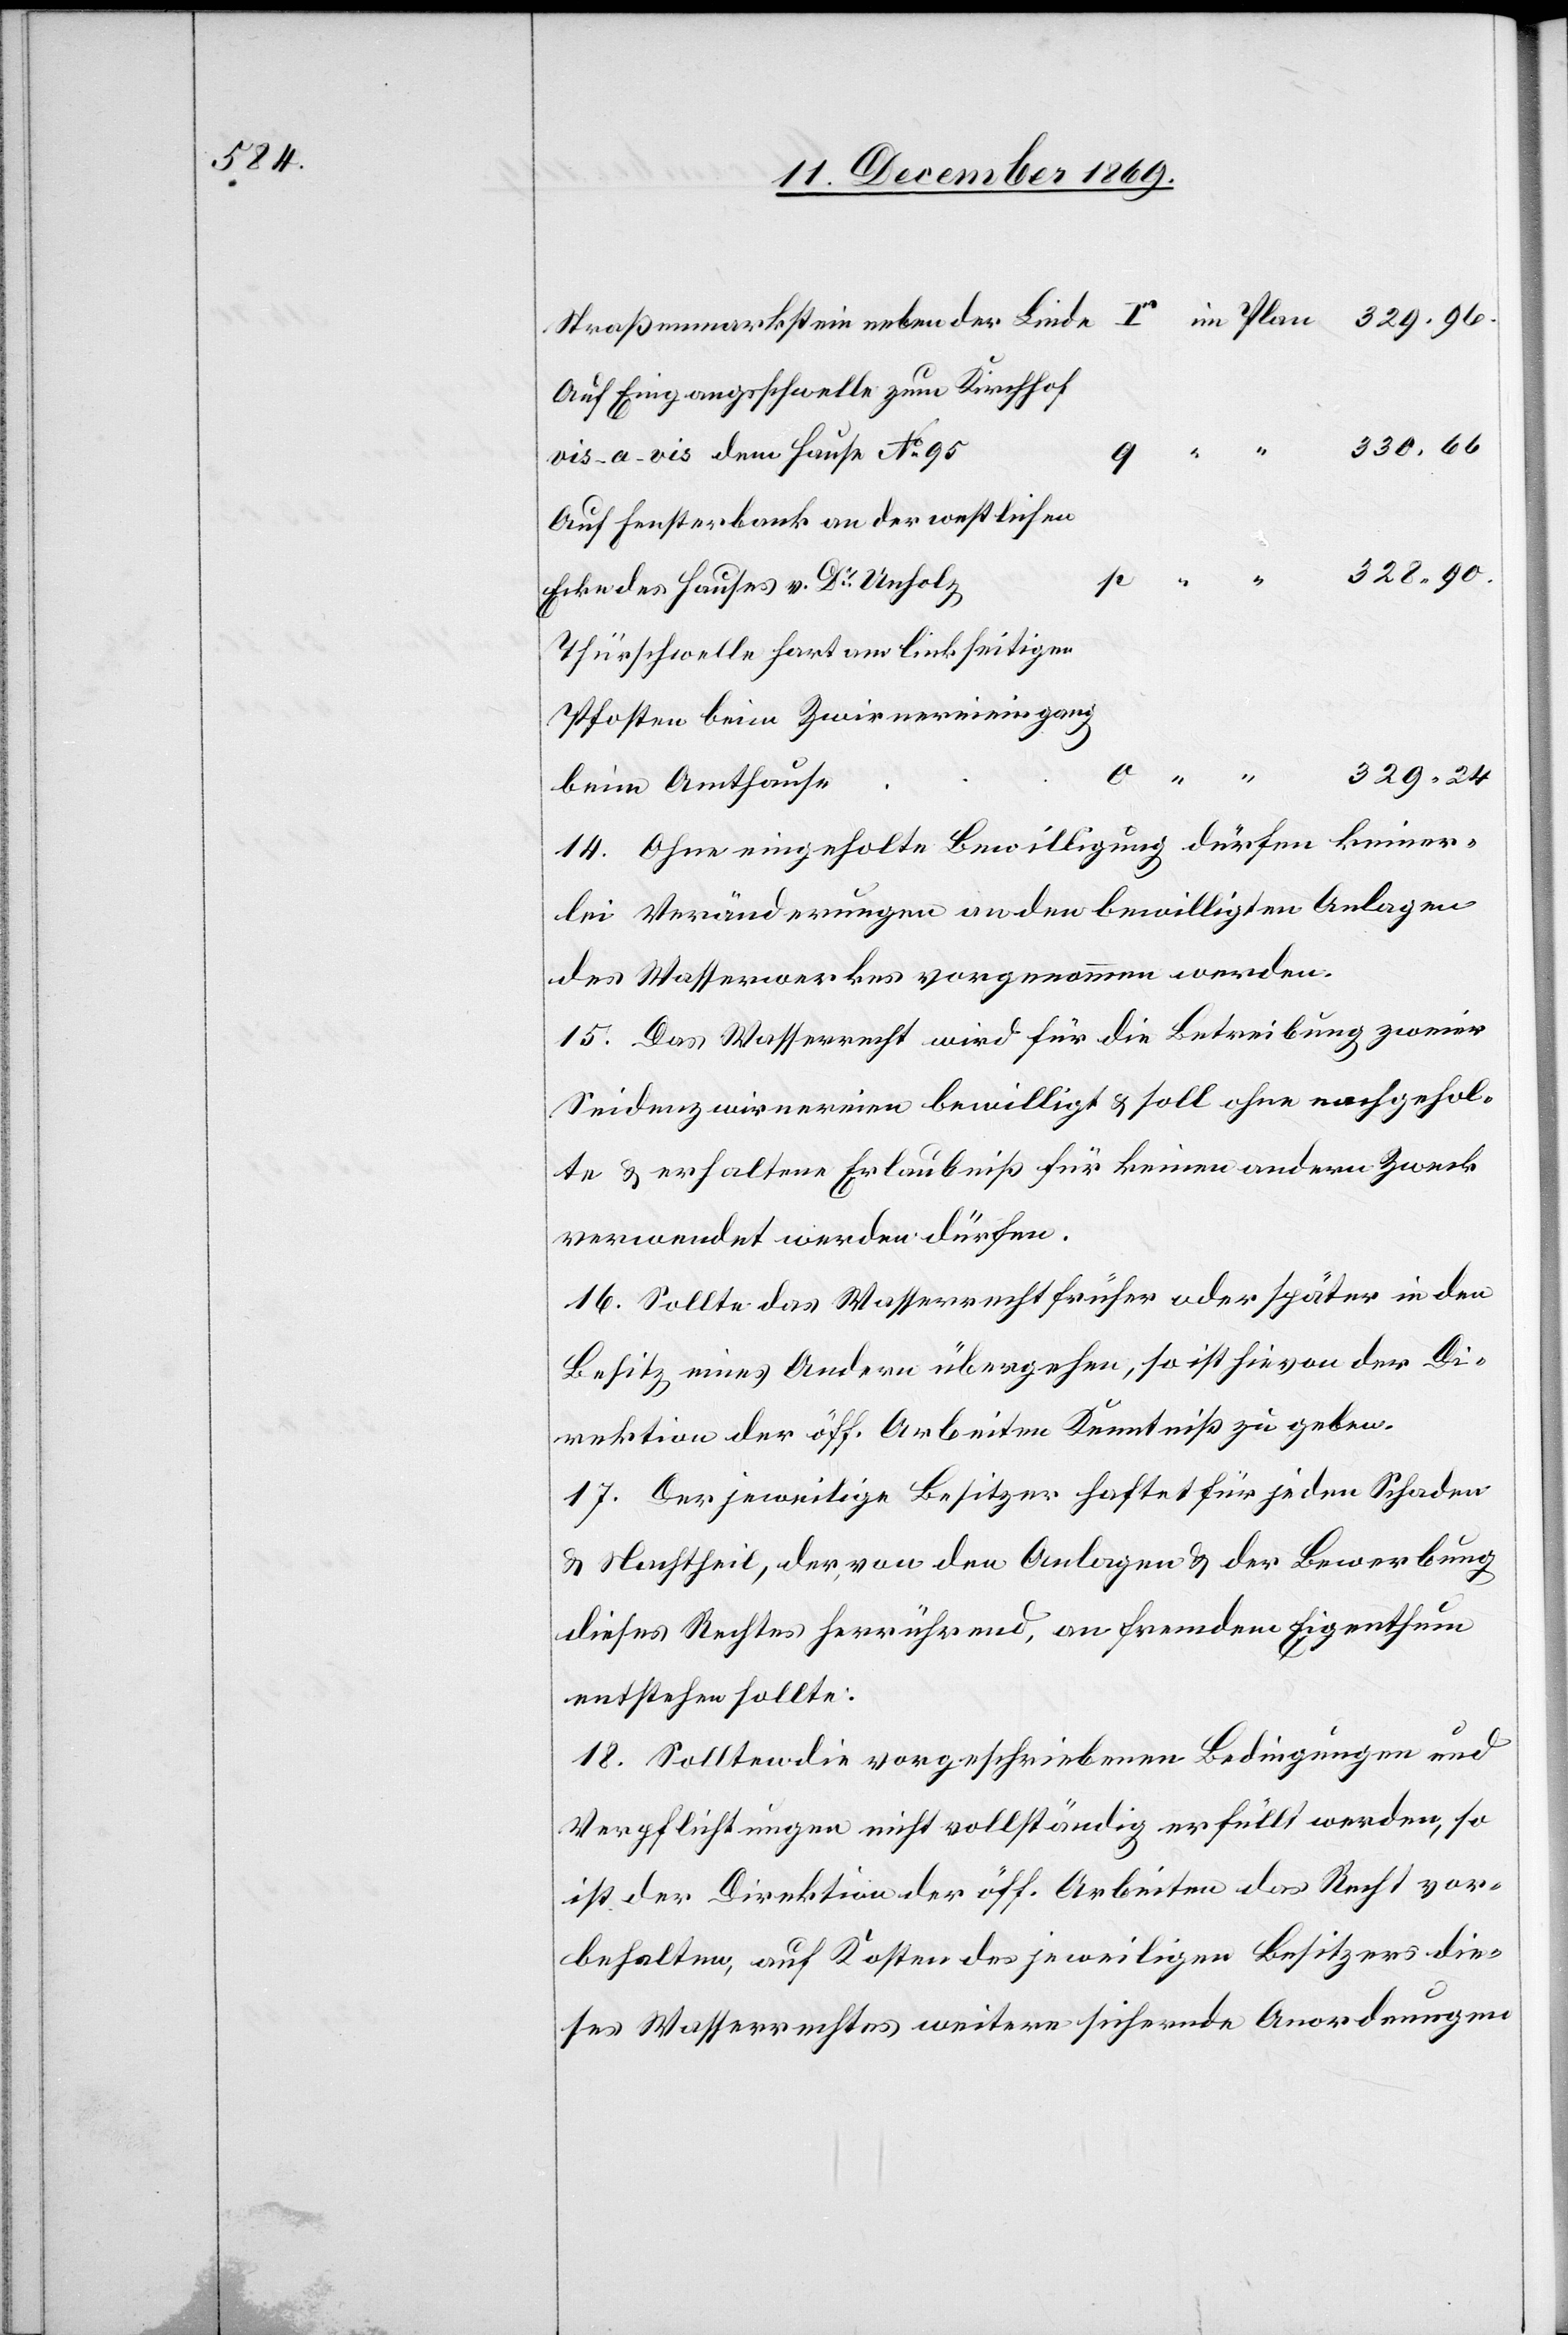
Straßenmarkstein neben der Linde
Auf Eingangsschwelle zum Kirchhof
vis-a-vis dem Hause No 95
Auf Fensterbank an der westlichen
Ecke des Hauses v. Dr Unholz
Thürschwelle hart am linkseitigen
Pfosten beim Zwirnereieingang
r im Plan
329.24
beim Amthause
14. Ohne eingeholte Bewilligung dürfen keiner¬
lei Veränderungen an den bewilligten Anlagen
des Wasserwerkes vorgenommen werden.
15. Das Wasserrecht wird für die Betreibung zweier
Seidenzwirnereien bewilligt & soll ohne nachgehol¬
te & erhaltene Erlaubniß für keinen andern Zweck
verwendet werden dürfen.
16. Sollte das Wasserrecht früher oder später in den
Besitz eines Andern übergehen, so ist hievon der Di¬
rektion der öff. Arbeiten Kenntniß zu geben.
17. Der jeweilige Besitzer haftet für jeden Schaden
& Nachtheil, der, von den Anlagen & der Bewerbung
dieses Rechtes herrührend, an fremdem Eigenthum
entstehen sollte.
18. Sollten die vorgeschriebenen Bedingungen und
Verpflichtungen nicht vollständig erfüllt werden, so
ist der Direktion der öff. Arbeiten das Recht vor¬
behalten, auf Kosten des jeweiligen Besitzers die¬
ses Wasserrechtes weitere sichernde Anordnungen